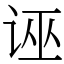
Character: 诬